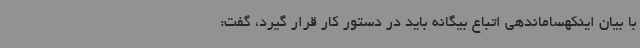
با بیان اینکهساماندهی اتباع بیگانه باید در دستور کار قرار گیرد، گفت: